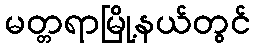
မတ္တရာမြို့နယ်တွင်